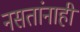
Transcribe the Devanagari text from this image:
नसतांनाहीं